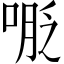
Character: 𠸾